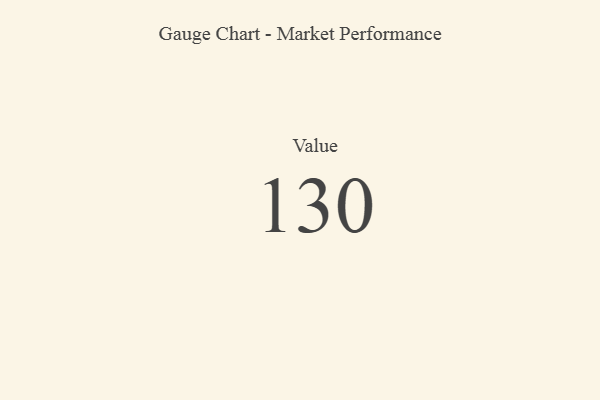
{"axis": {"x": "Metric", "y": "Value"}, "legend": [""], "data": [{"x": "Value", "y": 130, "type": ""}]}